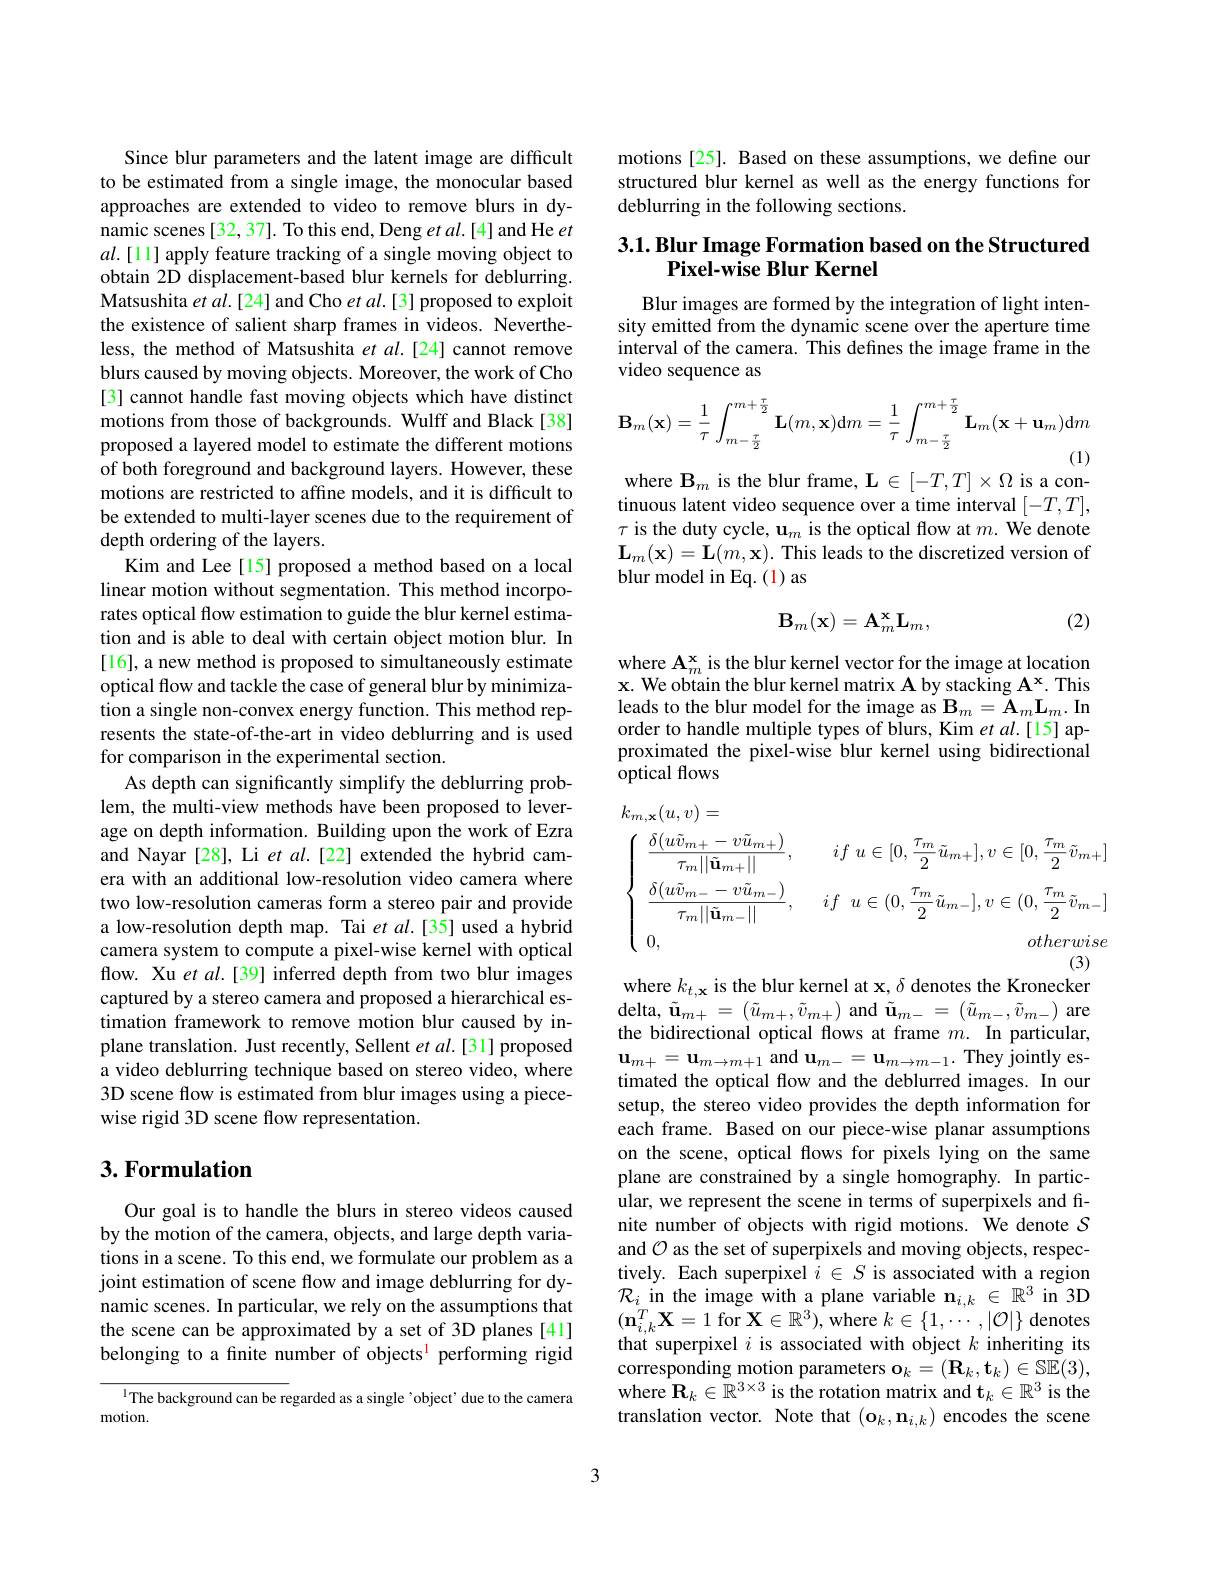
Since blur parameters and the latent image are difficult to be estimated from a single image, the monocular based approaches are extended to video to remove blurs in dynamic scenes [32, 37]. To this end, Deng et al.[4] and He $et$ $al.[11]$ apply feature tracking of a single moving object to obtain 2D displacement-based blur kernels for deblurring. Matsushita $etal.[24]$ and Cho $etal.[3]$ proposed to exploit the existence of salient sharp frames in videos. Nevertheless, the method of Matsushita et $al.[24]$ cannot remove blurs caused by moving objects. Moreover, the work of Cho [3] cannot handle fast moving objects which have distinct motions from those of backgrounds. Wulff and Black[38] proposed a layered model to estimate the different motions of both foreground and background layers. However, these motions are restricted to affine models, and it is difficult to be extended to multi-layer scenes due to the requirement of depth ordering of the layers.
Kim and Lee[15] proposed a method based on a local linear motion without segmentation. This method incorporates optical flow estimation to guide the blur kernel estimation and is able to deal with certain object motion blur. In [16], a new method is proposed to simultaneously estimate optical flow and tackle the case of general blur by minimization a single non-convex energy function. This method represents the state-of-the-art in video deblurring and is used for comparison in the experimental section.
As depth can significantly simplify the deblurring problem, the multi-view methods have been proposed to leverage on depth information. Building upon the work of Ezra and Nayar [28], Li et al.[22] extended the hybrid camera with an additional low-resolution video camera where two low-resolution cameras form a stereo pair and provide a low-resolution depth map. Tai et al.[35] used a hybrid camera system to compute a pixel-wise kernel with optical flow. Xu et $al.[39]$ inferred depth from two blur images captured by a stereo camera and proposed a hierarchical estimation framework to remove motion blur caused by inplane translation. Just recently, Sellent $etal.[31]$ proposed a video deblurring technique based on stereo video, where 3D scene flow is estimated from blur images using a piecewise rigid 3D scene flow representation.

## $3. \textbf{Formulation}$

Our goal is to handle the blurs in stereo videos caused by the motion of the camera, objects, and large depth variations in a scene. To this end, we formulate our problem as a joint estimation of scene flow and image deblurring for dynamic scenes. In particular, we rely on the assumptions that the scene can be approximated by a set of 3D planes [41] belonging to a finite number of objects$^{\mathrm{l}}$ performing rigid

$^{1}$The background can be regarded as a single 'object' due to the camera
motion.

motions [25]. Based on these assumptions, we define our structured blur kernel as well as the energy functions for deblurring in the following sections.

# 3.1. Blur Image Formation based on the Structured Pixel-wise Blur Kernel

Blur images are formed by the integration of light intensity emitted from the dynamic scene over the aperture time interval of the camera. This defines the image frame in the video sequence as
$$\mathbf{B}_{m}(\mathbf{x})=\frac{1}{\tau}\int_{m-\frac{\tau}{2}}^{m+\frac{\tau}{2}}\mathbf{L}(m,\mathbf{x})\mathrm{d}m=\frac{1}{\tau}\int_{m-\frac{\tau}{2}}^{m+\frac{\tau}{2}}\mathbf{L}_{m}(\mathbf{x}+\mathbf{u}_{m})\mathrm{d}m$$
where $\mathbf{B}_m$ is the blur frame, $\mathbf{L}\in[-T,T]\times\Omega$ is a con-

tinuous latent video sequence over a time interval $[-T,T]$, $\tau$ is the duty cycle, $\mathbf{u}_m$ is the optical flow at $m.$ We denote $\mathbf{L}_{m}(\mathbf{x})=\mathbf{L}(m,\mathbf{x}).$ This leads to the discretized version of blur model in Eq. (1) as

(2)
$$\mathbf{B}_m(\mathbf{x})=\mathbf{A}_m^\mathbf{x}\mathbf{L}_m,$$
where $\mathbf{A}_m^{\mathbf{x}}$ is the blur kernel vector for the image at location $\mathbf{x}.$ We obtain the blur kernel matrix A by stacking $\mathbf{A^x}.$ This leads to the blur model for the image as $\mathbf{B}_m=\mathbf{\tilde{A}}_m\mathbf{L}_m.\mathbf{In}$ order to handle multiple types of blurs, Kim et al.[15] approximated the pixel-wise blur kernel using bidirectional optical flows
$$\left.\begin{aligned}&k_{m,\mathbf{x}}(u,v)=\\&\left\{\begin{array}{ccc}{{\frac{\delta(u\tilde{v}_{m+}-v\tilde{u}_{m+})}{\tau_{m}||\tilde{\mathbf{u}}_{m+}||},}}&{{if\:u\in[0,\frac{\tau_{m}}{2}\tilde{u}_{m+}],v\in[0,\frac{\tau_{m}}{2}\tilde{v}_{m+}]}}\\{{\frac{\delta(u\tilde{v}_{m-}-v\tilde{u}_{m-})}{\tau_{m}||\tilde{\mathbf{u}}_{m-}||},}}&{{if\:u\in(0,\frac{\tau_{m}}{2}\tilde{u}_{m-}],v\in(0,\frac{\tau_{m}}{2}\tilde{v}_{m-}]}}\\{0,}&{{otherwise}}\end{array}\right.\\\end{aligned}\right.$$
where $k_t,\mathbf{x}$ is the blur kernel at x, $\delta$ denotes the Kronecker ${\mathrm{delta,~}\tilde{\mathbf{u}}}_{m+}=(\tilde{u}_{m+},\tilde{v}_{m+}){\mathrm{~and~}}\tilde{\mathbf{u}}_{m-}=(\tilde{u}_{m-},\tilde{v}_{m-}){\mathrm{~are}}$ the bidirectional optical flows at frame $m.$ In particular, $\mathbf{u}_{m+}=\mathbf{u}_{m\to m+1}$ and $\mathbf{u}_m-=\mathbf{u}_{m\to m-1}.$ They jointly estimated the optical flow and the deblurred images. In our setup, the stereo video provides the depth information for each frame. Based on our piece-wise planar assumptions on the scene, optical flows for pixels lying on the same plane are constrained by a single homography. In particular, we represent the scene in terms of superpixels and finite number of objects with rigid motions. We denote $S$ and $\mathcal{O}$ as the set of superpixels and moving objects, respectively. Each superpixel $i\in S$ is associated with a region $\mathcal{R}_{i}$ in the image with a plane variable $\mathbf{n}_i,k\in\mathbb{R}^3$ in 3D $(\mathbf{n}_{i,k}^{T}\mathbf{X}=1$ for $\mathbf{X}\in\mathbb{R}^{3})$,where $k\in\{1,\cdots,|\mathcal{O}|\}$ denotes that superpixel $i$ is associated with object $k$ inheriting its corresponding motion parameters $\mathbf{o}_k=(\mathbf{R}_k,\mathbf{t}_k)\in\mathbb{SE}(3)$, where $\hat{\mathbf{R}}_k\in\tilde{\mathbb{R}}^{3\times3}$ is the rotation matrix and $\mathbf{t}_k\in\mathbb{R}^3$ is the translation vector. Note that $(\mathbf{o}_k,\mathbf{n}_{i,k})$ encodes the scene

3